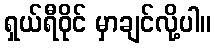
ရှယ်ရီဝိုင် မှာချင်လို့ပါ။